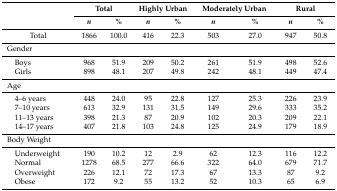
| <ROWSPAN=2>  | <COLSPAN=2> Total | <COLSPAN=2> Highly Urban | <COLSPAN=2> Moderately Urban | <COLSPAN=2> Rural |
 | n | % | n | % | n | % | n | % |
 | --- | --- | --- | --- | --- | --- | --- | --- | --- |
 | Total | 1866 | 100.0 | 416 | 22.3 | 503 | 27.0 | 947 | 50.8 |
 | Gender |  |  |  |  |  |  |  |  |
 | Boys | 968 | 51.9 | 209 | 50.2 | 261 | 51.9 | 498 | 52.6 |
 | Girls | 898 | 48.1 | 207 | 49.8 | 242 | 48.1 | 449 | 47.4 |
 | Age |  |  |  |  |  |  |  |  |
 | 4–6 years | 448 | 24.0 | 95 | 22.8 | 127 | 25.3 | 226 | 23.9 |
 | 7–10 years | 613 | 32.9 | 131 | 31.5 | 149 | 29.6 | 333 | 35.2 |
 | 11–13 years | 398 | 21.3 | 87 | 20.9 | 102 | 20.3 | 209 | 22.1 |
 | 14–17 years | 407 | 21.8 | 103 | 24.8 | 125 | 24.9 | 179 | 18.9 |
 | Body Weight |  |  |  |  |  |  |  |  |
 | Underweight | 190 | 10.2 | 12 | 2.9 | 62 | 12.3 | 116 | 12.2 |
 | Normal | 1278 | 68.5 | 277 | 66.6 | 322 | 64.0 | 679 | 71.7 |
 | Overweight | 226 | 12.1 | 72 | 17.3 | 67 | 13.3 | 87 | 9.2 |
 | Obese | 172 | 9.2 | 55 | 13.2 | 52 | 10.3 | 65 | 6.9 |